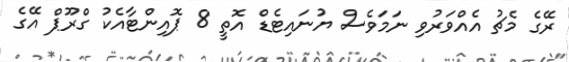
ރޭގެ މެޗު އެއްވަރުވި ނަމަވެސް ޔުނައިޓެޑް އޮތީ 8 ޕޮއިންޓާއެކު ގްރޫޕް އޭގެ